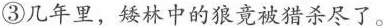
③几年里，矮林中的狼竟被猎杀尽了。